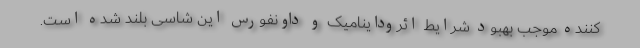
کننده موجب بهبود شرایط ائروداینامیک و داونفورس این شاسی بلند شده است.